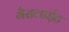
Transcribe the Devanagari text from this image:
गैसलाईट